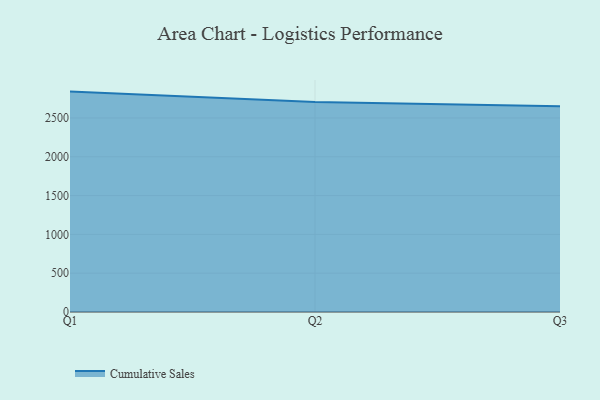
{"axis": {"x": "Quarter", "y": "Budget (USD K)"}, "legend": ["Cumulative Sales"], "data": [{"x": "Q1", "y": 2839.4, "type": "Cumulative Sales"}, {"x": "Q2", "y": 2706.5, "type": "Cumulative Sales"}, {"x": "Q3", "y": 2650.0, "type": "Cumulative Sales"}]}